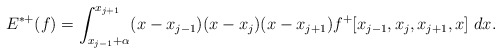
\begin{align*}\begin{aligned}E^{*+}(f)&=\int_{x_{j-1}+\alpha}^{x_{j+1}} (x-x_{j-1})(x-x_{j})(x-x_{j+1})f^+[x_{j-1}, x_{j}, x_{j+1},x]\ dx.\end{aligned}\end{align*}